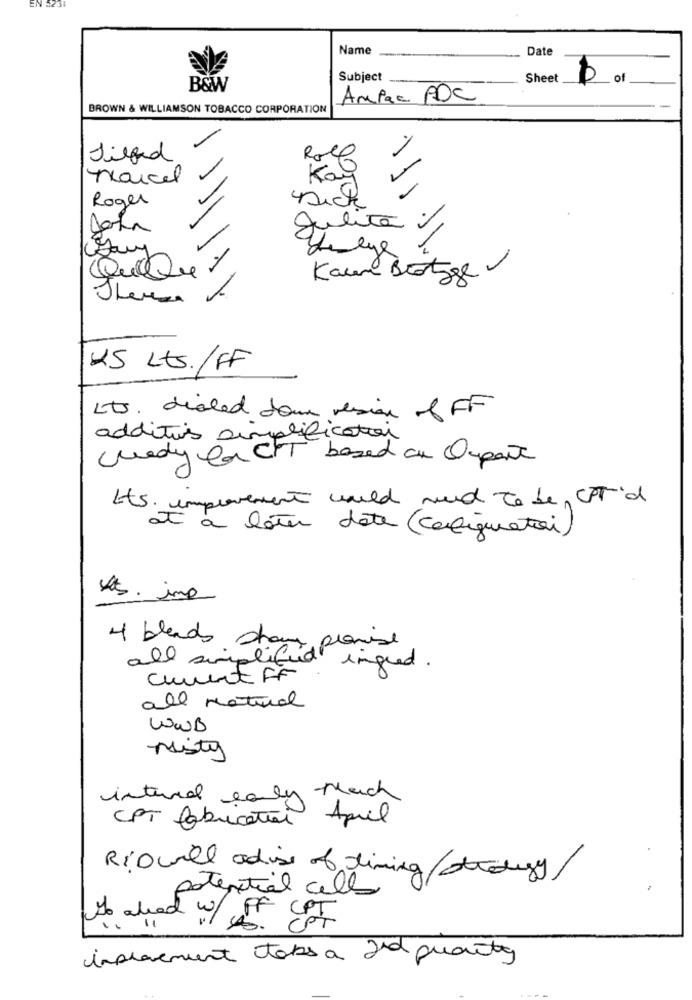
EN
Name
Date
Subject
Sheet
B&W
Ampaa PDC
BROWN & WILLIAMSON TOBACCO CORPORATION
-
Roll
marcel
Ka
Roger
Dick
John
Julita
1
Kaum Brotage
1
25 Lts. /FF
its. dialed down version of FF
additives simplification
quedy la CKT based on Oupant
Its. improvement would need to be CPT'd
a later date (configuration)
4 blends sham.
all' simplified planise
ingred.
cument FF
all Natural
WWB
Nisty
internal early Much
CPT fabrication April
Riowill advise of timing/ strongy/
potential cello
No abod w/ f. PT
improvement takes a 2nd quanty